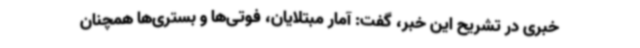
خبری در تشریح این خبر، گفت: آمار مبتلایان، فوتی‌ها و بستری‌ها همچنان